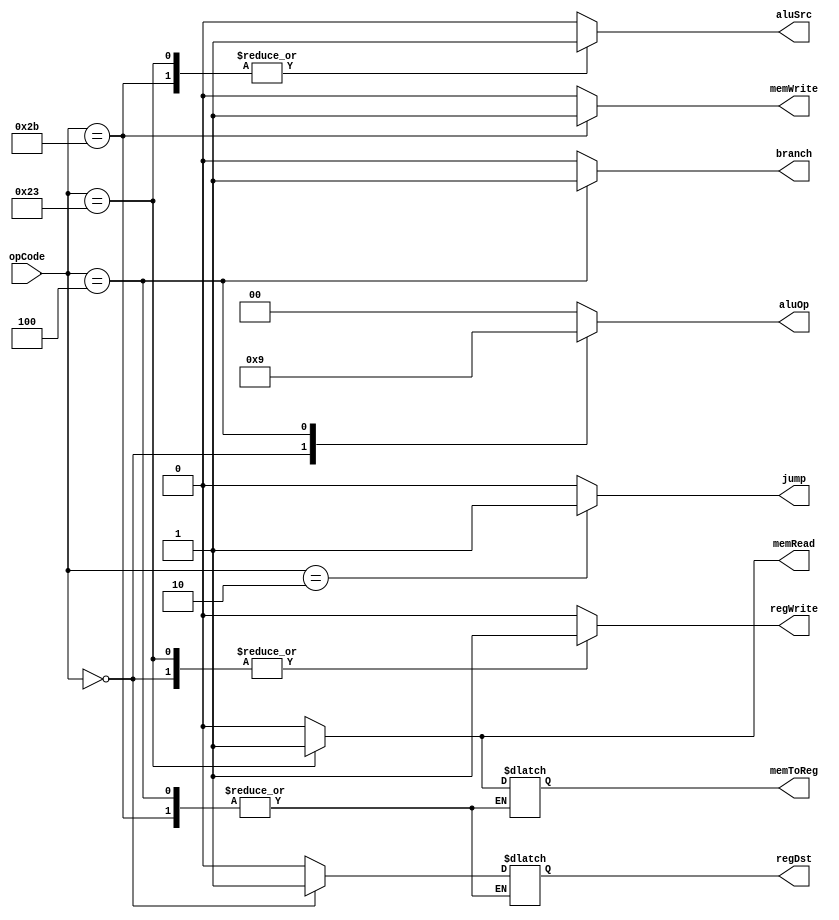
`timescale 1ns / 1ps
//////////////////////////////////////////////////////////////////////////////////
// Company: 
// Engineer: 
// 
// Design Name: 
// Module Name: Ctr
// Project Name: 
// Target Devices: 
// Tool Versions: 
// Description: 
// 
// Dependencies: 
// 
// Revision:
// Revision 0.01 - File Created
// Additional Comments:
// 
//////////////////////////////////////////////////////////////////////////////////


module Ctr(
    input [5:0] opCode,
    output reg regDst,
    output reg aluSrc,
    output reg memToReg,
    output reg regWrite,
    output reg memRead,
    output reg memWrite,
    output reg branch,
    output reg [1:0] aluOp,
    output reg jump
    );
    
    always @(opCode)
    begin
        case(opCode)
        6'b000000:
        begin
            regDst = 1;
            aluSrc = 0;
            memToReg = 0;
            regWrite = 1;
            memRead = 0;
            memWrite = 0;
            branch = 0;
            aluOp = 2'b10;
            jump = 0;
        end
        6'b100011:
        begin
            regDst = 0;
            aluSrc = 1;
            memToReg = 1;
            regWrite = 1;
            memRead = 1;
            memWrite = 0;
            branch = 0;
            aluOp = 2'b00;
            jump = 0;
        end
        6'b101011:
        begin
            aluSrc = 1;
            regWrite = 0;
            memRead = 0;
            memWrite = 1;
            branch = 0;
            aluOp = 2'b00;
            jump = 0;
        end
        6'b000100:
        begin
            aluSrc = 0;
            regWrite = 0;
            memRead = 0;
            memWrite = 0;
            branch = 1;
            aluOp = 2'b01;
            jump = 0;
        end
        6'b000010:
        begin
            regDst = 0;
            aluSrc = 0;
            memToReg = 0;
            regWrite = 0;
            memRead = 0;
            memWrite = 0;
            branch = 0;
            aluOp = 2'b00;
            jump = 1;
        end
        default:
        begin
            regDst = 0;
            aluSrc = 0;
            memToReg = 0;
            regWrite = 0;
            memRead = 0;
            memWrite = 0;
            branch = 0;
            aluOp = 2'b00;
            jump = 0;
            end
        endcase
    end
    
endmodule